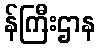
န်ကြီးဌာန